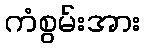
ကံစွမ်းအား